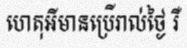
ហេតុអីមានប្រើរាល់ថ្ងៃ រឺ